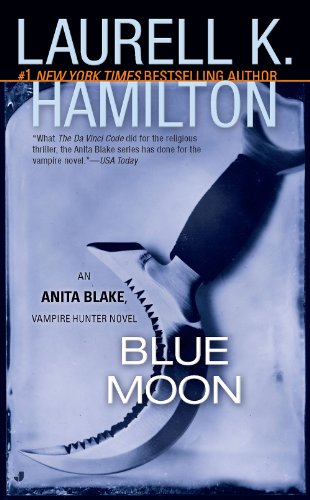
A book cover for Blue Moon (Anita Blake, Vampire Hunter, Book 8); Laurell K. Hamilton; Romance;